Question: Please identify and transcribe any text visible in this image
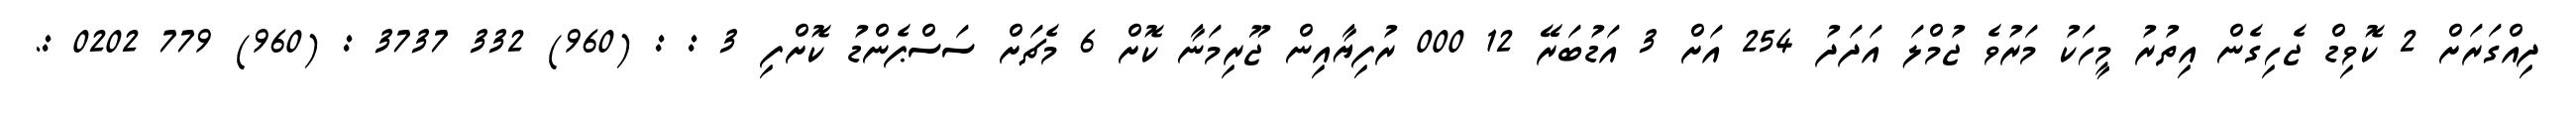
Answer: ދިއްގަރަށް 2 ކޮވިޑް ޖެހިގެން އިތުރު މީހަކު މަރުވެ ޖުމްލަ އަދަދު 254 އަށް 3 އަޑުބަރޭ 12 000 ރުފިޔާއިން ޖޫރިމަނާ ކޮށް 6 މެޗަށް ސަސްޕެންޑު ކޮށްފި 3 : : (960) 332 3737 : (960) 779 0202 :.